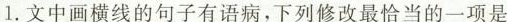
1.文中画横线的句子有语病，下列修改最恰当的一项是